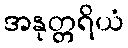
အနုတ္တရိယံ